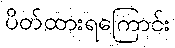
ပိတ်ထားရကြောင်း